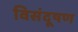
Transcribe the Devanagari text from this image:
विसंदूषण